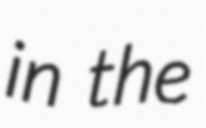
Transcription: in the